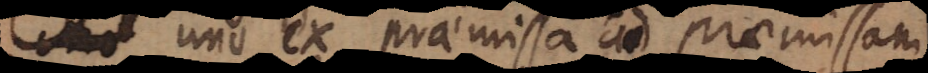
uno ex praemissa ad praemissam,